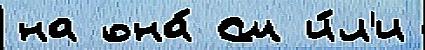
на она́ См и́л'и